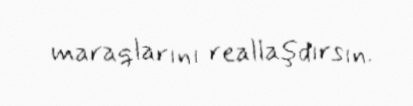
maraqlarını reallaşdırsın.